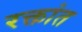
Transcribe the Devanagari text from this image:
रक्तांत